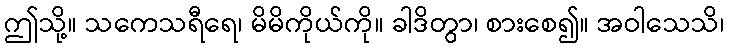
ဤသို့။ သကေသရီရေ၊ မိမိကိုယ်ကို။ ခါဒိတွာ၊ စားစေ၍။ အဝါသေသိ၊